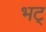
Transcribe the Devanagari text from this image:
भट्